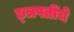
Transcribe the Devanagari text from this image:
छ्त्रपतींचे